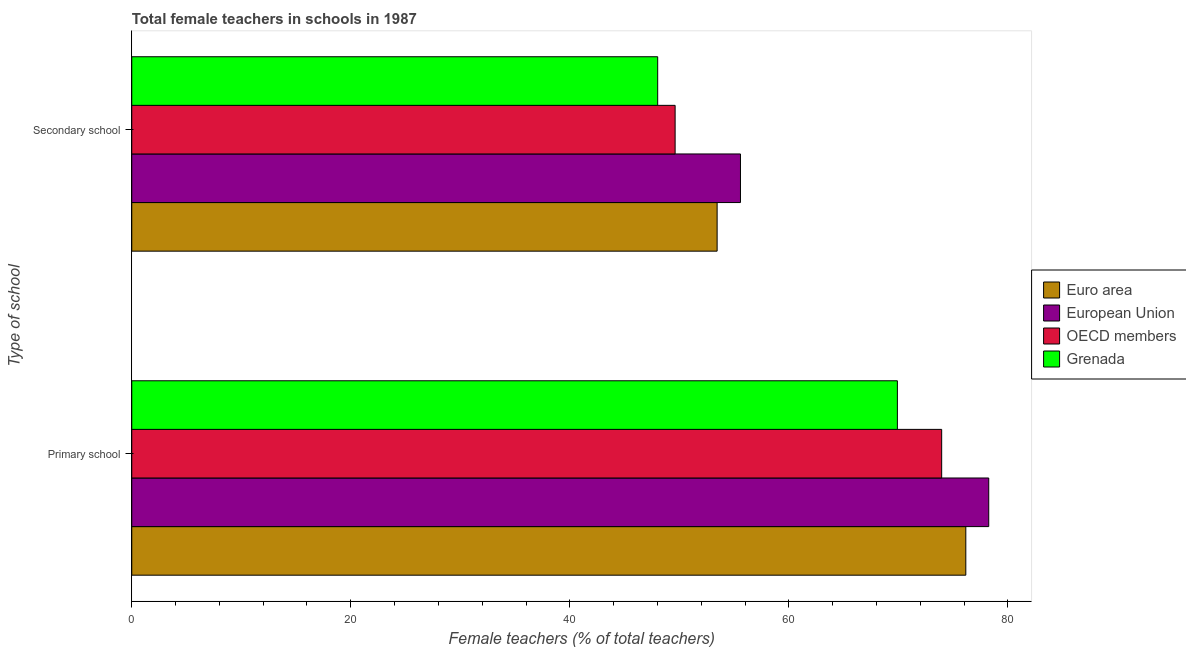
| Type of school | Euro area | European Union | OECD members | Grenada |
 | --- | --- | --- | --- | --- |
 | Primary school | 76.2 | 78.3 | 74 | 69.9 |
 | Secondary school | 53.5 | 55.6 | 49.6 | 48 |